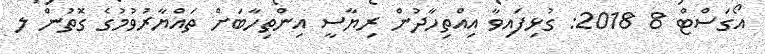
އޯގަސްޓް 8 2018: ގުޅިފައިވާ އިއްތިހާދުން ރިޔާސީ އިންތިހާބަށް ތައްޔާރުވުމުގެ ގޮތުން ލ